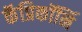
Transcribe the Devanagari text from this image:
कॅप्रिकॉर्नि